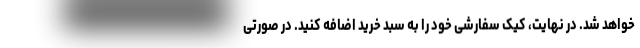
خواهد شد. در نهایت، کیک سفارشی خود را به سبد خرید اضافه کنید. در صورتی